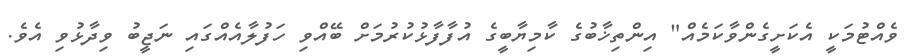
ވެއްޓުމަކީ އެކަށީގެންވާކަމެއް" އިންތިޚާބުގެ ކާމިޔާބީގެ އުފާފާޅުކުރުމަށް ބޭއްވި ހަފުލާއެއްގައި ނަޖީބު ވިދާޅުވި އެވެ.